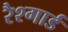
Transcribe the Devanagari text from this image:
रैश्गार्ड